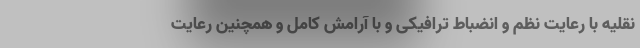
نقلیه با رعایت نظم و انضباط ترافیکی و با آرامش کامل و همچنین رعایت